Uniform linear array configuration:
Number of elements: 32
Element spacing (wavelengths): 0.75
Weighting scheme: hann
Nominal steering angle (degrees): -60
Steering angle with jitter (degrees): -60.041
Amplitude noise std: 0.05
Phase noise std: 0.05

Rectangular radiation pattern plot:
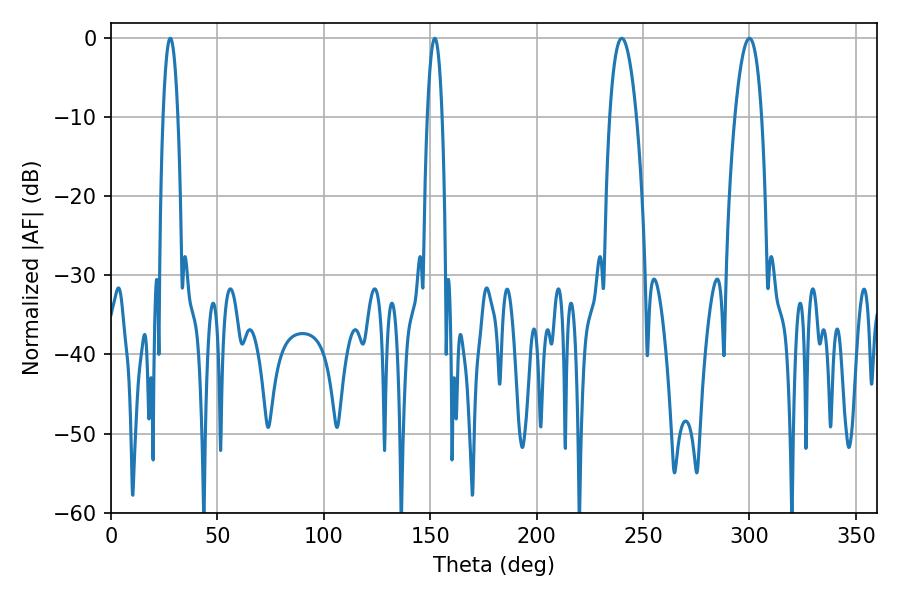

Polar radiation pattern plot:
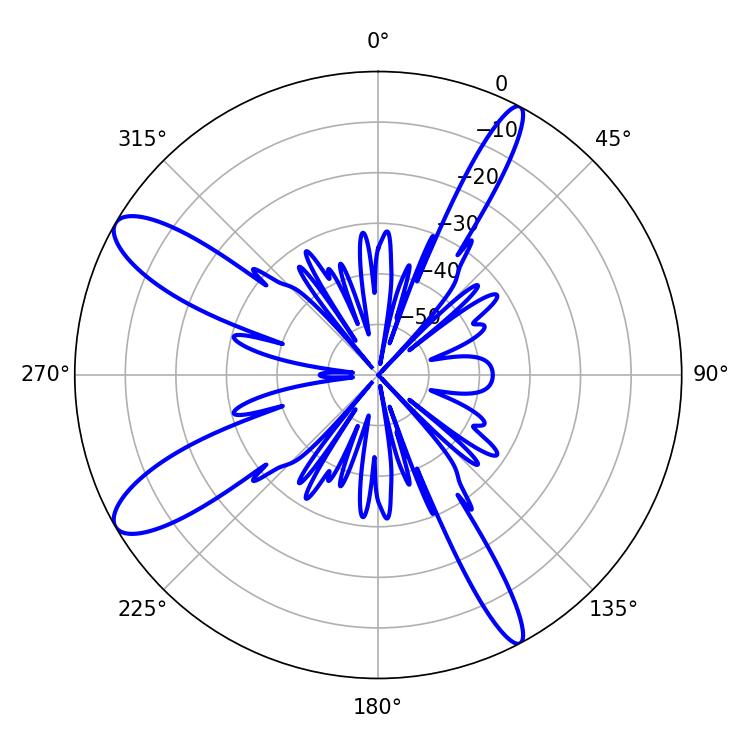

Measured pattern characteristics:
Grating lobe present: TRUE
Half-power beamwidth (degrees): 7.02
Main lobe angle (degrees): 239.94